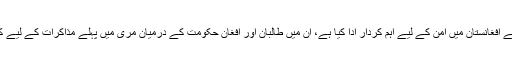
ان کا کہنا تھا کہ پاکستان نے افغانستان میں امن کے لیے اہم کردار ادا کیا ہے، ان میں طالبان اور افغان حکومت کے درمیان مری میں پہلے مذاکرات کے لیے کلیدی کردار بھی شامل ہے۔